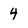
Character: 4